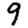
Digit: 9